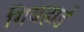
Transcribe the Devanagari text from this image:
गिबहार्ड